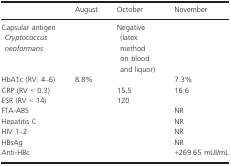
|  | August | October | November |
 | --- | --- | --- | --- |
 | Capsular antigen Cryptococcus neoformans |  | Negative (latex method on blood and liquor) |  |
 | HbA1c (RV: 4–6) | 8.8% |  | 7.3% |
 | CRP (RV < 0.3) |  | 15.5 | 16.6 |
 | ESR (RV < 14) |  | 120 |  |
 | FTA‐ABS |  |  | NR |
 | Hepatitis C |  |  | NR |
 | HIV 1–2 |  |  | NR |
 | HBsAg |  |  | NR |
 | Anti‐HBc |  |  | +269.65 mUI/mL |